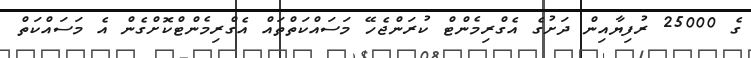
ގެ 25000 ރުފިޔާއިން ދަށުގެ އެގްރިމެންޓް ކުރަންޖެހޭ މަސައްކަތްތައް އެގްރިމެންޓްކޮށްގެން އެ މަސައްކަތް